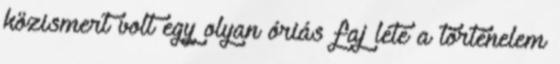
közismert volt egy olyan óriás faj léte a történelem